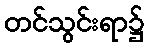
တင်သွင်းရာ၌